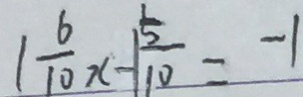
\vert \frac { 6 } { 1 0 } x - \vert \frac { 5 } { 1 0 } = - 1